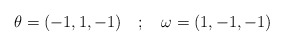
\begin{align*}\theta=(-1,1,-1) \quad ; \quad \omega=(1,-1,-1)\end{align*}